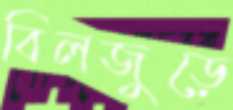
বিলজুড়ে